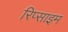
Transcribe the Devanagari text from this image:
रिप्साइम